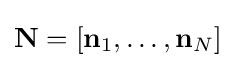
\mathbf {N} =[\mathbf {n} _{1},\ldots ,\mathbf {n} _{N}]